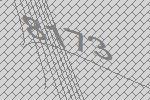
8173